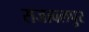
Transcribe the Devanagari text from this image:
सजावलपुर